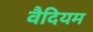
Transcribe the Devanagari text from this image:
वैदियम